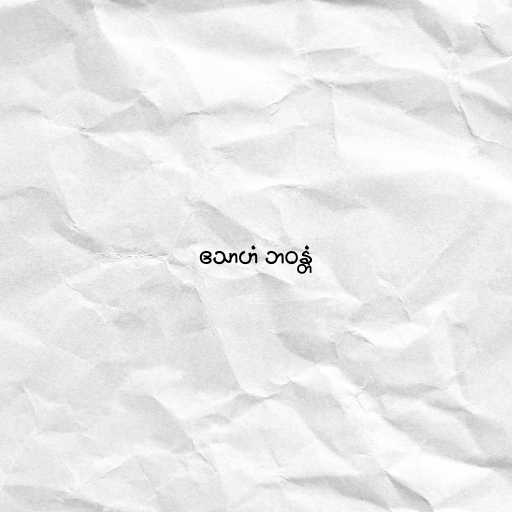
ဧသာဟံ ဘဝန္တံ